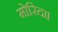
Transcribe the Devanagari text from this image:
मोरिंदा।